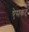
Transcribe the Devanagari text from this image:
ऐसकट